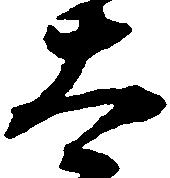
太